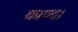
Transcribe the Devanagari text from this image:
काण्व।